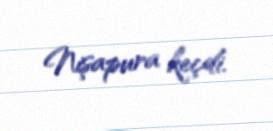
Nişapura keçdi.